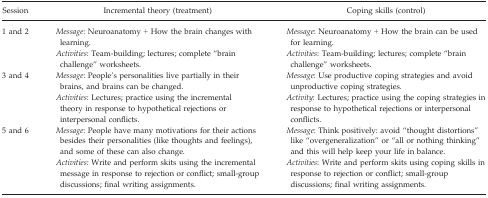
<table><thead><tr><td><b>Session</b></td><td><b>Incremental theory (treatment)</b></td><td><b>Coping skills (control)</b></td></tr></thead><tbody><tr><td>1 and 2</td><td><i>Message</i>: Neuroanatomy + How the brain changes with learning.</td><td><i>Message</i>: Neuroanatomy + How the brain can be used for learning.</td></tr><tr><td></td><td><i>Activities</i>: Team-building; lectures; complete “brain challenge” worksheets.</td><td><i>Activities</i>: Team-building; lectures; complete “brain challenge” worksheets.</td></tr><tr><td>3 and 4</td><td><i>Message</i>: People&#x27;s personalities live partially in their brains, and brains can be changed.</td><td><i>Message</i>: Use productive coping strategies and avoid unproductive coping strategies.</td></tr><tr><td></td><td><i>Activities</i>: Lectures; practice using the incremental theory in response to hypothetical rejections or interpersonal conflicts.</td><td><i>Activity</i>: Lectures; practice using the coping strategies in response to hypothetical rejections or interpersonal conflicts.</td></tr><tr><td>5 and 6</td><td><i>Message</i>: People have many motivations for their actions besides their personalities (like thoughts and feelings), and some of these can also change.</td><td><i>Message</i>: Think positively: avoid “thought distortions” like “overgeneralization” or “all or nothing thinking” and this will help keep your life in balance.</td></tr><tr><td></td><td><i>Activities</i>: Write and perform skits using the incremental message in response to rejection or conflict; small-group discussions; final writing assignments.</td><td><i>Activities</i>: Write and perform skits using coping skills in response to rejection or conflict; small-group discussions; final writing assignments.</td></tr></tbody></table>